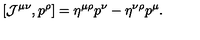
[ { \cal J } ^ { \mu \nu } , p ^ { \rho } ] = \eta ^ { \mu \rho } p ^ { \nu } - \eta ^ { \nu \rho } p ^ { \mu } .